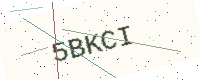
Text: 5BKCI